King Institute of Preventive Medicine Bacteriolog. Section reports 1907-08
Year: 1907
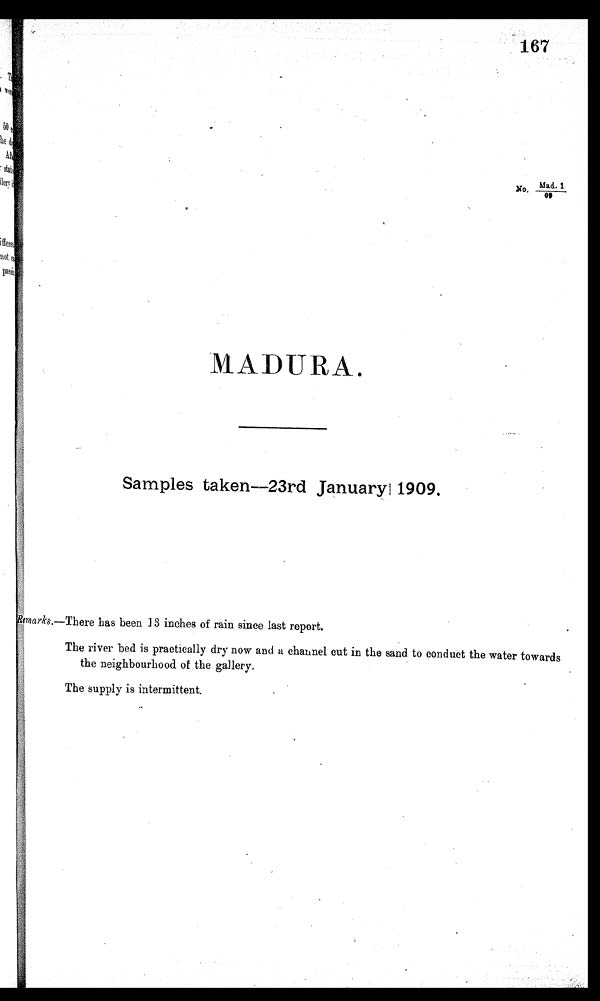
1 6 7
N o . M a d . 1 / 0 9
MADURA.
Samples taken—23rd January 1909.
Remarks.—There has been 13 inches of rain since last report.
T h e r i v e r b e d i s p r a c t i c a l l y d r y n o w a n d a c h a n n e l c u t i n t h e t h e n e i g h b o u r h o o d o f t h e g a l l e r y .
T h e s u p p l y i s i n t e r m i t t e n t .